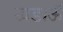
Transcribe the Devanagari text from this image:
खडाऊँ